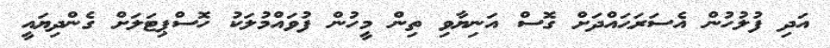
އަދި ފުލުހުން އެސަރަޙައްދަށް ގޮސް އަނިޔާވި ތިން މީހުން ފުވައްމުލަކު ހޮސްޕިޓަލަށް ގެންދިޔައީ